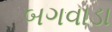
બગવાડા